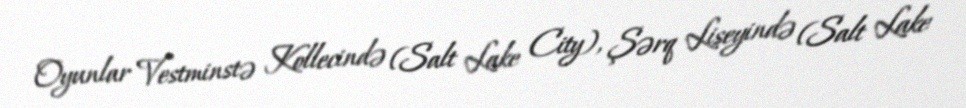
Oyunlar Vestminstə Kollecində (Salt Lake City), Şərq Liseyində (Salt Lake